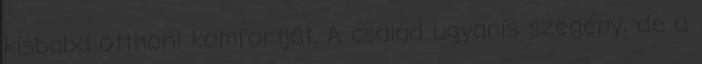
kisbaba otthoni komfortját. A család ugyanis szegény, de a